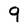
Character: 9